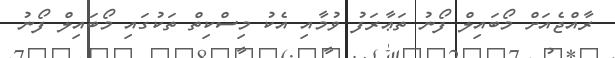
ރާއްޖެއަށް މޯބައިލް ފޯނު ތަޢާރަފު ވުމާއި އެކު މިސްކިތް ތަކުގައި މޯބައިލް ފޯނު